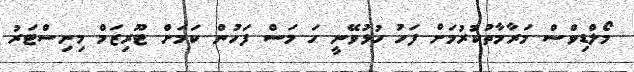
މޯލްޑިވްސް މަރާމާތުކުރުމަށް ފަހު ހުޅުވޭނީ ހަ މަސް ފަހުން ކަމަށް ޓޫރިޒަމް މިނިސްޓަރު